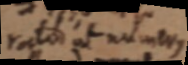
rat_ ut numerus